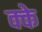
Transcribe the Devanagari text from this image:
क्के